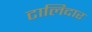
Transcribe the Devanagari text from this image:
टालिदार